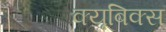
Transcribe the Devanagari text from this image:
क्यूबिक्स